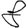
Digit: 8